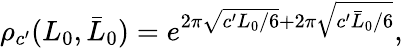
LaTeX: \rho_{c^{\prime}}(L_{0},\bar{L}_{0})=e^{2\pi\sqrt{c^{\prime}L_{0}/6}+2\pi\sqrt{c^{\prime}\bar{L}_{0}/6}},